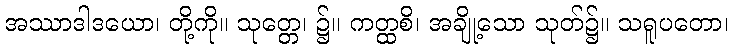
အဿာဒါဒယော၊ တို့ကို။ သုတ္တေ၊ ၌။ ကတ္ထစိ၊ အချို့သော သုတ်၌။ သရူပတော၊